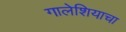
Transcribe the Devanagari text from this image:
गालेशियाचा